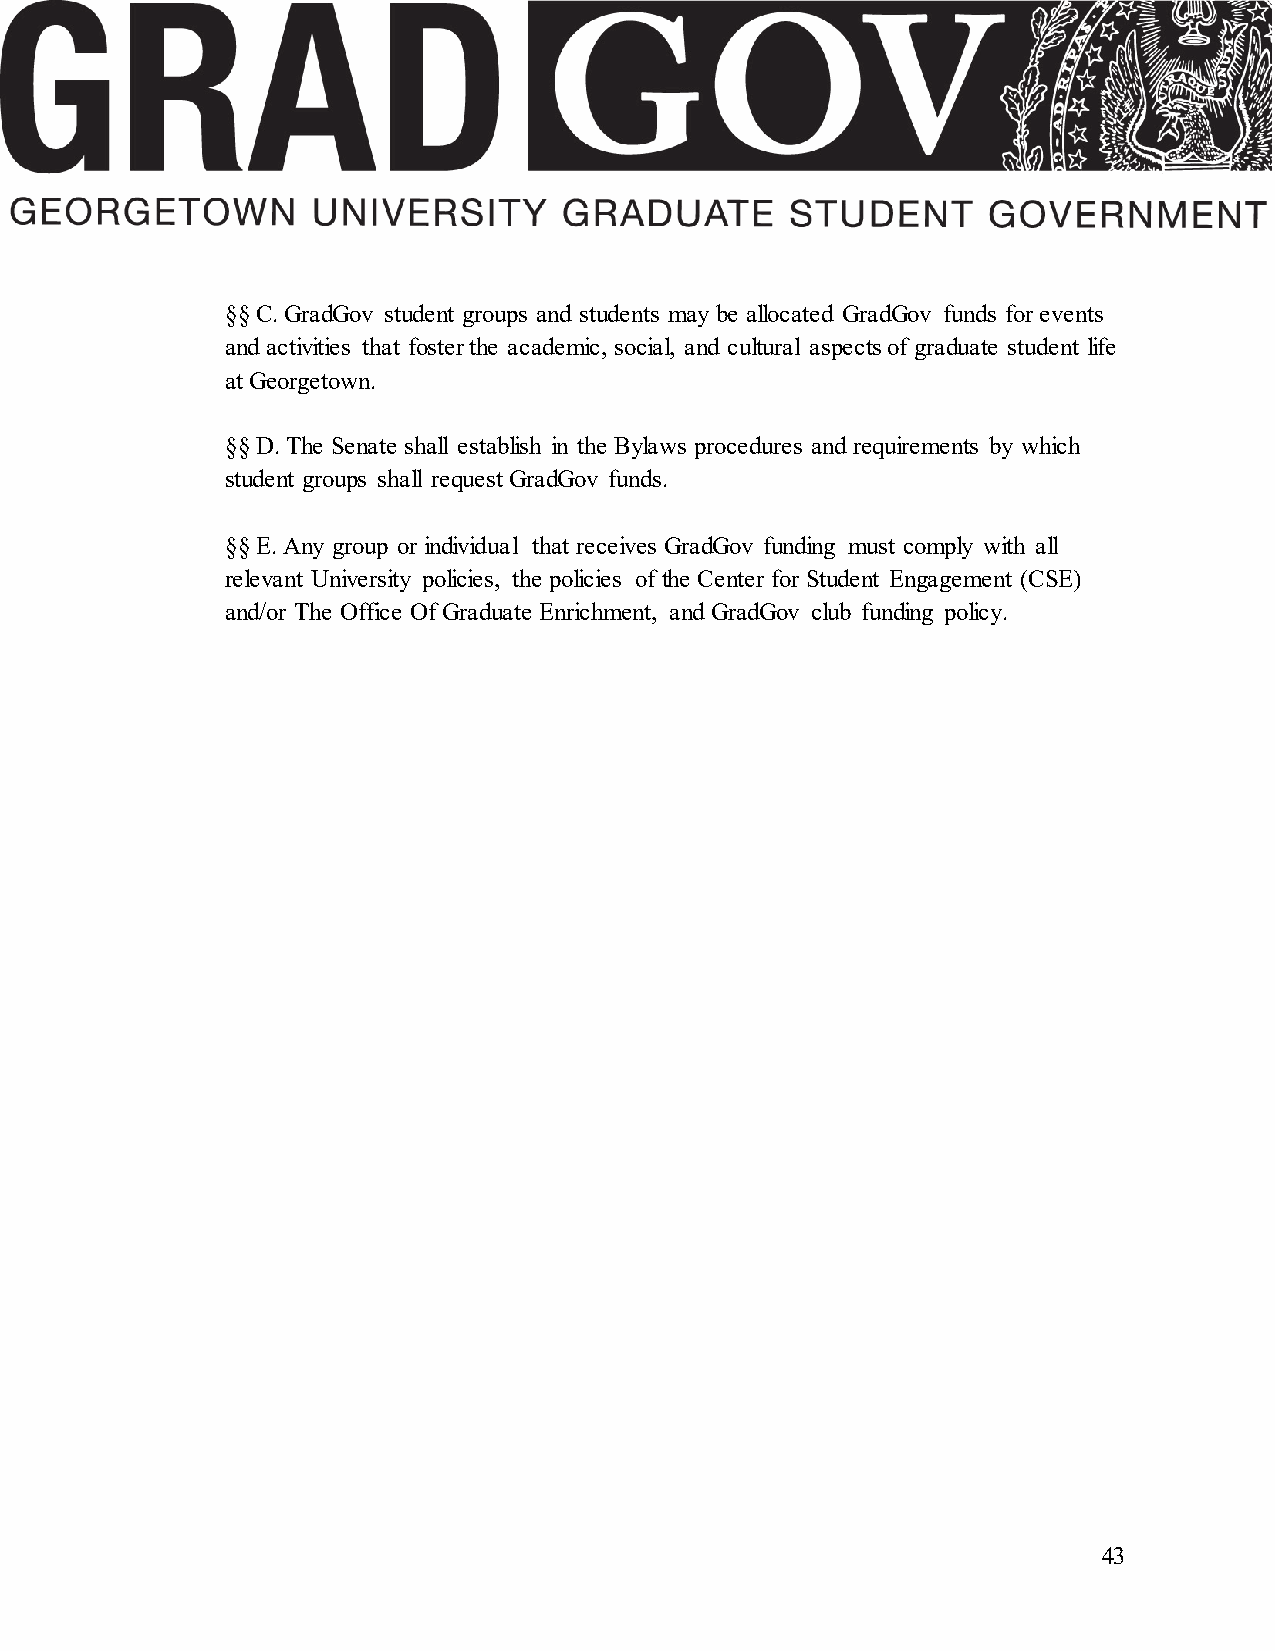
§§ C. GradGov student groups and students may be allocated GradGov funds for events
 and activities that foster the academic, social, and cultural aspects of graduate student life
 at Georgetown.
 §§ D. The Senate shall establish in the Bylaws procedures and requirements by which
 student groups shall request GradGov funds.
 §§ E. Any group or individual that receives GradGov funding must comply with all
 relevant University policies, the policies of the Center for Student Engagement (CSE)
 and/or The Office Of Graduate Enrichment, and GradGov club funding policy.
 43